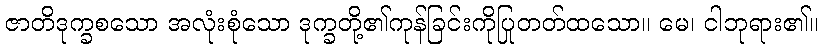
ဇာတိဒုက္ခစသော အလုံးစုံသော ဒုက္ခတို့၏ကုန်ခြင်းကိုပြုတတ်ထသော။ မေ၊ ငါဘုရား၏။